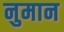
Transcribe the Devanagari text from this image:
नुमान